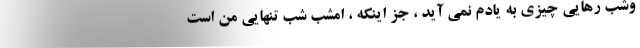
وشب رهایی چیزی به یادم نمی آید ، جز اینکه ، امشب شب تنهایی من است